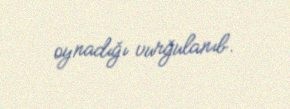
oynadığı vurğulanıb.